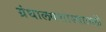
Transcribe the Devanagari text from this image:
ग्रंथालयशास्त्रातली